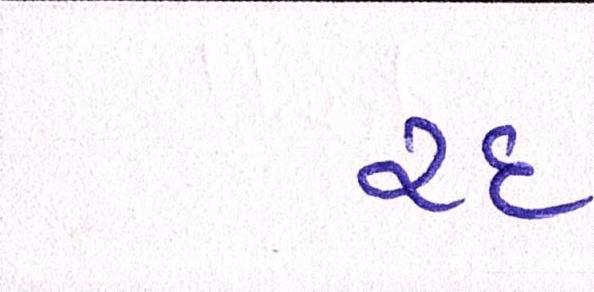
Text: રદ